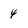
Character: 4